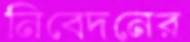
নিবেদনের